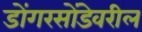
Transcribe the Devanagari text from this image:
डोंगरसोंडेवरील